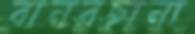
বানরছানা